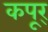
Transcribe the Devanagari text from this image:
कपूर्